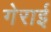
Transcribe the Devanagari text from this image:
गेराई